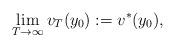
LaTeX: \begin{align*}\lim_{T\rightarrow\infty}v_T(y_0):=v^*(y_0),\end{align*}